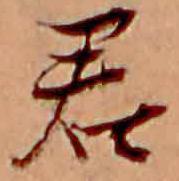
君